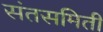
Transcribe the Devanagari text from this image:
संतसमिती